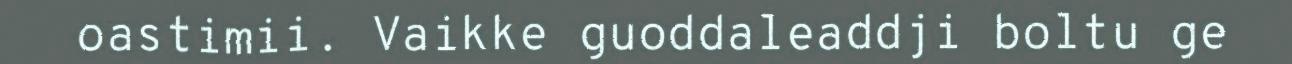
oastimii. Vaikke guoddaleaddji boltu ge